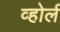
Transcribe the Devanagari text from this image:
व्होर्ल